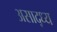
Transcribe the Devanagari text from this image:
असाद्ध्य